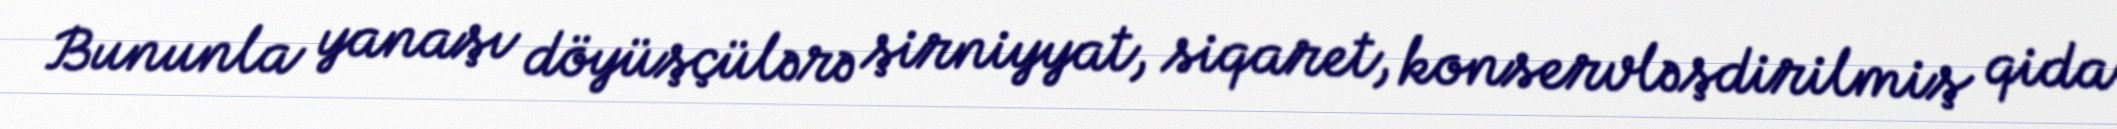
Bununla yanaşı döyüşçülərə şirniyyat, siqaret, konservləşdirilmiş qida